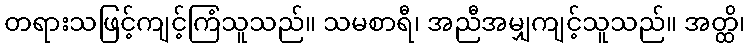
တရားသဖြင့်ကျင့်ကြံသူသည်။ သမစာရီ၊ အညီအမျှကျင့်သူသည်။ အတ္ထိ၊